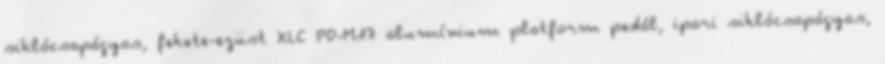
siklócsapágyas, fekete-ezüst XLC PD-M17 alumínium platform pedál, ipari siklócsapágyas,